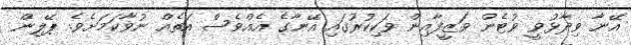
އޭނާ ވިދާޅުވީ ވުޓެން ވަޒީފާއިން ވަކިކުރުގައި އޭނާގެ އެއްވެސް އަތެއް ނުވާކަމަށެވެ. ޕޭލިން